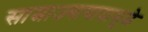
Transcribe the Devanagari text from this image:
साम्राज्यावादामुळे